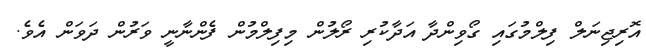
އޮރިޖިނަލް ފިލްމުގައި ގޯވިންދާ އަދާކުރި ރޯލުން މިފިލްމުން ފެންނާނީ ވަރުން ދަވަން އެވެ.